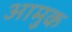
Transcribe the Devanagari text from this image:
आमुक